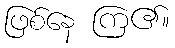
ဖြစ်နေ ကြ၏။